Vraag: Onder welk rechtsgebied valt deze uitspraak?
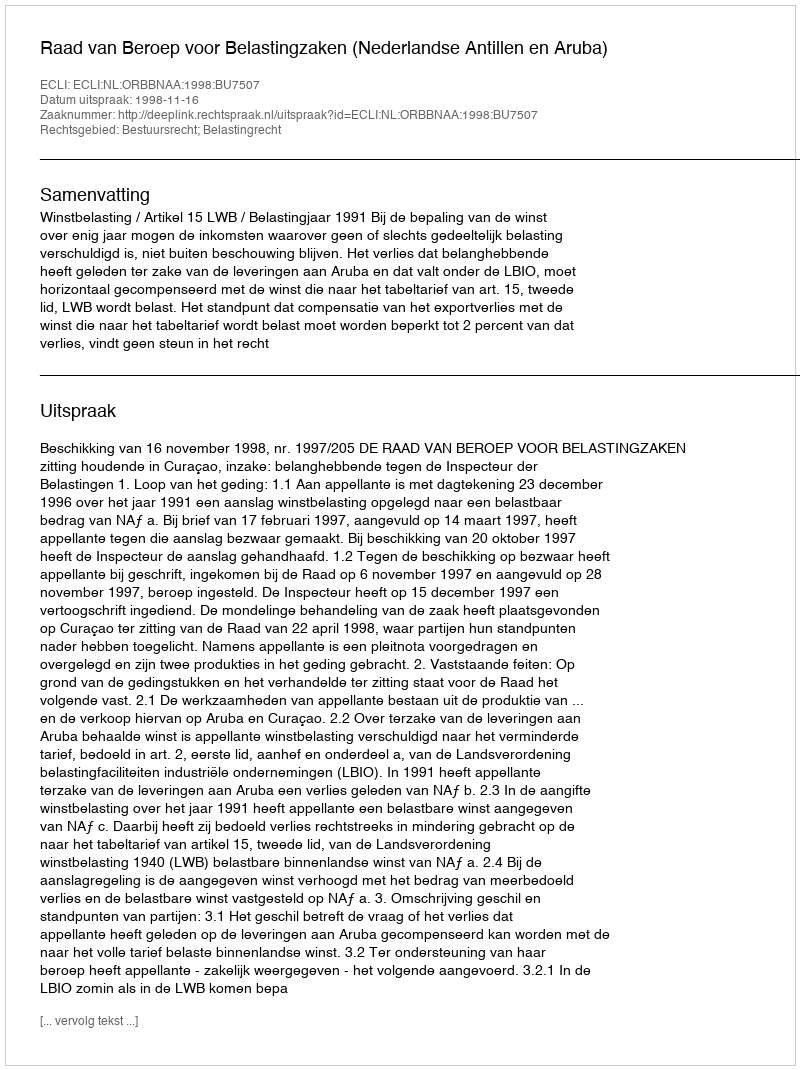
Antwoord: Bestuursrecht; Belastingrecht